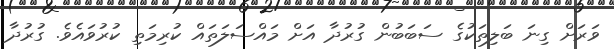
ވަރަށް ގިނަ ބަލިތަކުގެ ސަބަބުން ގުރުދާ އަށް މައްސަލަތައް ކުރިމަތި ކުރުވައެވެ. ގުރުދާ